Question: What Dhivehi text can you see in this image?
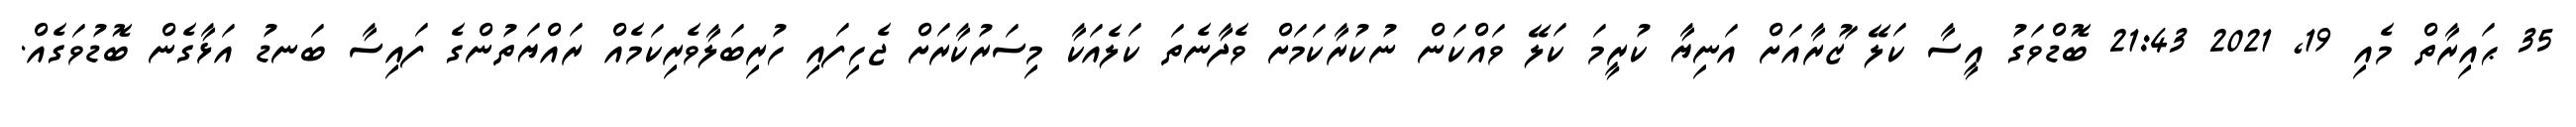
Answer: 35 ޙައިރާތް މެއި 19, 2021 21:43 ބޮޑްވަގު އީސާ ކަލޭ ަޒުރާއަށް އަނިޔާ ކުރީމަ ކަލޭ ވައްކަން ނުކުރާކަމަށް ވެދާނެތަ ކަލެއަކާ މިސަރުކާރަށް ޖެހިފައި ހުރިބަލާވެރިކަމެއް ރައްޔަތުންގެ ފައިސާ ބަނޑު އަޅާގެން ބޮޑުވަގެއް.